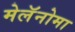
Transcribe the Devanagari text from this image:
मेलॅनोमा